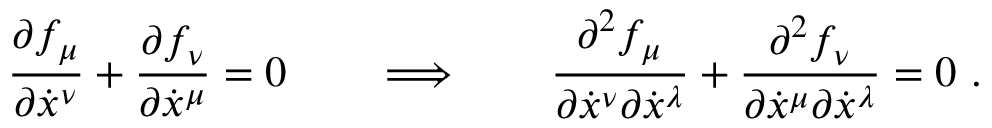
\frac { \partial f _ { \mu } } { \partial \dot { x } ^ { \nu } } + \frac { \partial f _ { \nu } } { \partial \dot { x } ^ { \mu } } = 0 \qquad \Longrightarrow \qquad \frac { \partial ^ { 2 } f _ { \mu } } { \partial \dot { x } ^ { \nu } \partial \dot { x } ^ { \lambda } } + \frac { \partial ^ { 2 } f _ { \nu } } { \partial \dot { x } ^ { \mu } \partial \dot { x } ^ { \lambda } } = 0 \ .